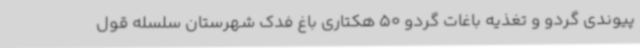
پیوندی گردو و تغذیه باغات گردو 50 هکتاری باغ فدک شهرستان سلسله قول